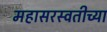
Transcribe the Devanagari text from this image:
महासरस्वतीच्या